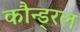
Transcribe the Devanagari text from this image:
कौन्ड्रल